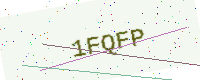
Text: 1FQFP